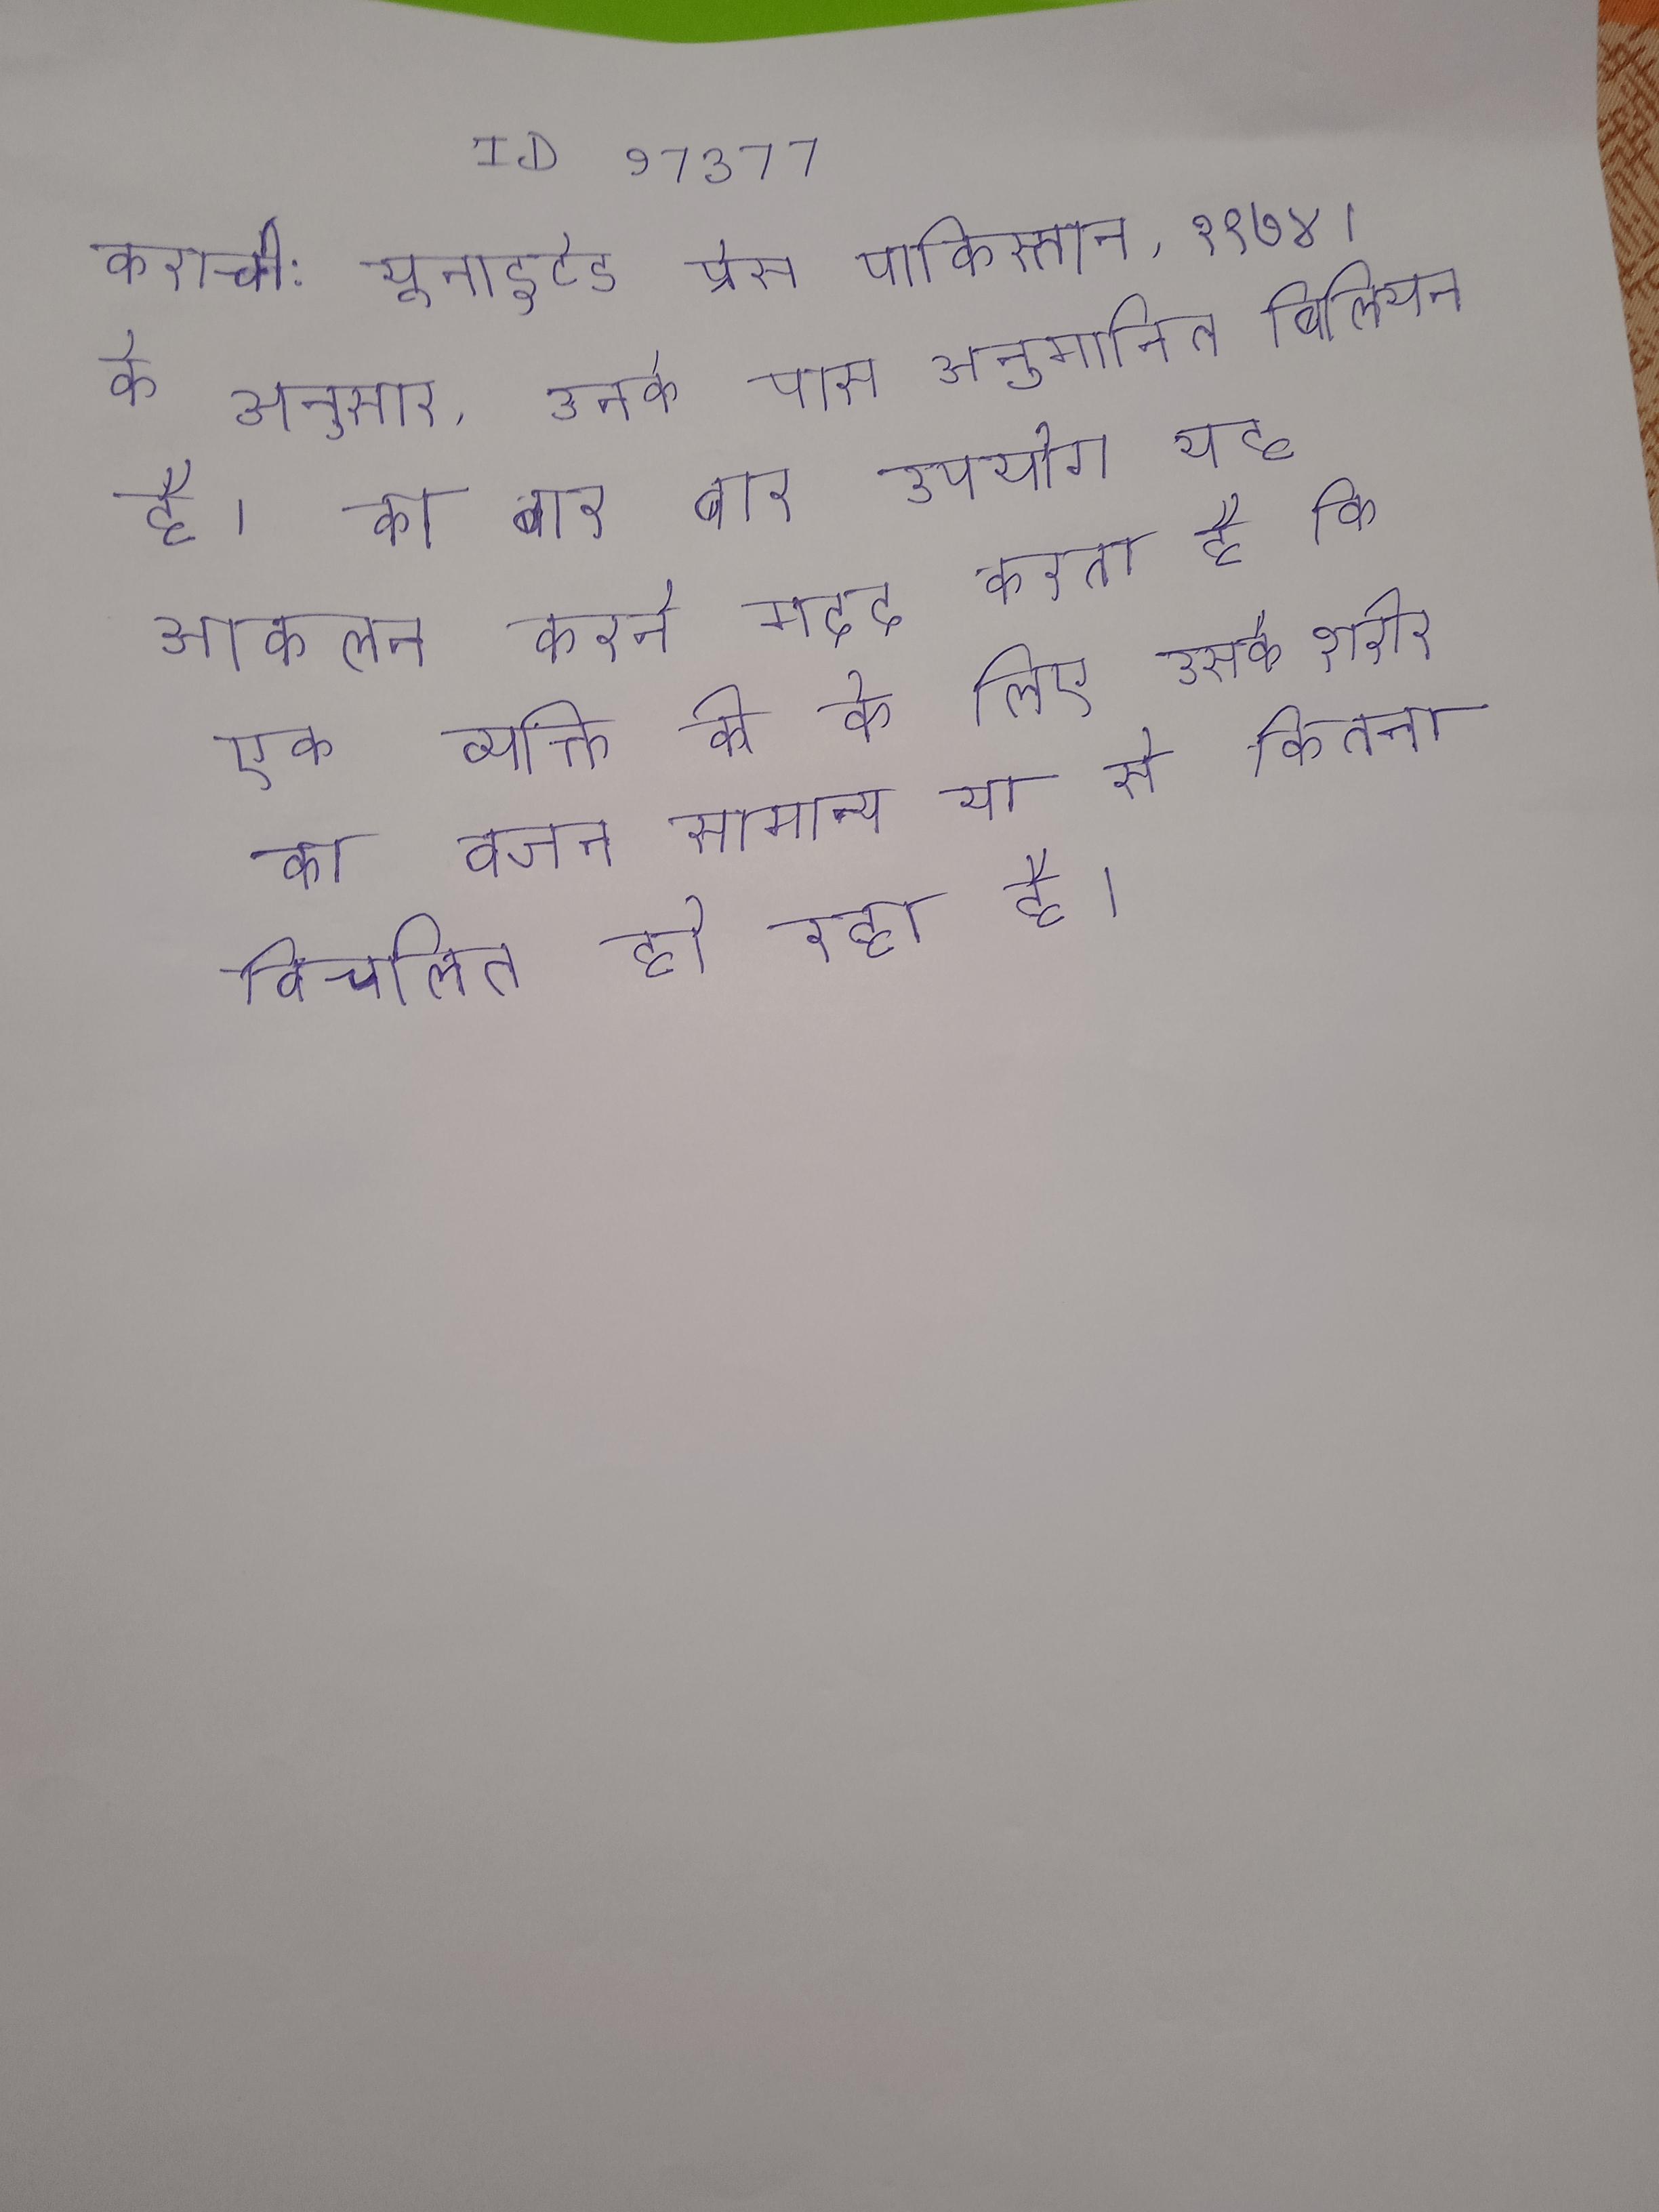
कराची: यूनाइटेड प्रेस पाकिस्तान, १९७४ । के अनुसार, उनके पास अनुमानित बिलियन है । का बार बार उपयोग यह आकलन करने मदद करता है कि एक व्यक्ति की के लिए उसके शरीर का वजन सामान्य या से कितना विचलित हो रहा है ।